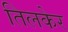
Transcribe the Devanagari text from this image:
तिलकेर